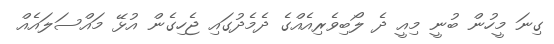
ގިނަ މީހުން ބުނީ މިއީ ދެ ލޯބިވެރިއެއްގެ ދެމެދުގައި ޖެހިގެން އުޅޭ މައްސަލައެއް